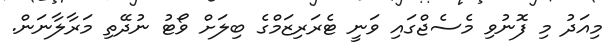
މިއަދު މި ފޮނުވި މެސެޖްގައި ވަނީ ޓެރަރިޒަމްގެ ބިލަށް ވޯޓު ނުދޭތި މަރާލާނަން.